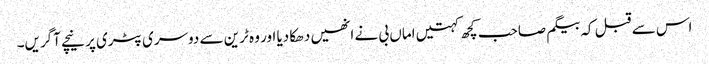
اس سے قبل کہ بیگم صاحب کچھ کہتیں اماں بی نے انھیں دھکا دیا اور وہ ٹرین سے دوسری پٹری پر نیچے آگریں۔